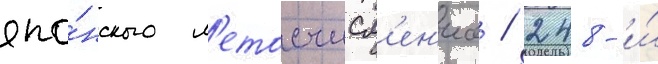
япо́нского л'етосчисл'ен'иа / 248-и́